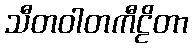
သီတဝါတကီဠိတာ